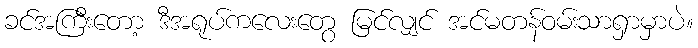
ခင်အကြီးတော့ ဒီအရုပ်ကလေးတွေ မြင်လျှင် အင်မတန်ဝမ်းသာရှာမှာပဲ။